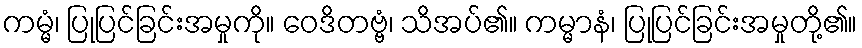
ကမ္မံ၊ ပြုပြင်ခြင်းအမှုကို။ ဝေဒိတဗ္ဗံ၊ သိအပ်၏။ ကမ္မာနံ၊ ပြုပြင်ခြင်းအမှုတို့၏။